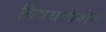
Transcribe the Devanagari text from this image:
विषयविशेष